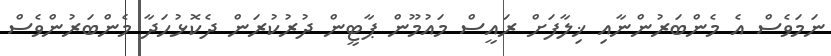
ނަމަވެސް އެ މެންބަރުންނާއި ޚިލާފަށް ރައީސް މައުމޫން ޕާޓީން ދުރުކުރަން ދެކޮޅުހަދާ މެންބަރުންވެސް